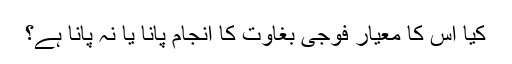
کیا اس کا معیار فوجی بغاوت کا انجام پانا یا نہ پانا ہے؟